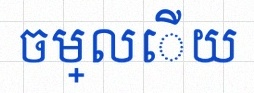
ចម្លើយ